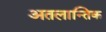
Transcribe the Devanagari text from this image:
अतलान्तिक